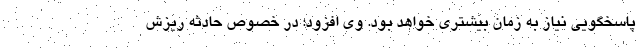
پاسخگویی نیاز به زمان بیشتری خواهد بود. وی افزود: در خصوص حادثه ريزش